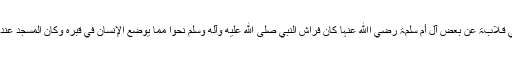
عَنْ أَبِي قِـلَابَۃَ عَنْ بَعْضِ آلِ أُمِّ سَلَمَۃَ رضي اﷲ عنہا کَانَ فِرَاشُ النَّبِيِّ صلى الله عليه وآله وسلم نَحْوًا مِمَّا یُوْضَعُ الْإِنْسَانُ فِي قَبْرِہٖ وَکَانَ الْمَسْجِدُ عِنْدَ رَأْسِہٖ۔